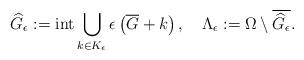
LaTeX: \begin{align*}\widehat{G}_{\epsilon}:= \mathrm{int} \bigcup_{k \in K_{\epsilon}} \epsilon \left( \overline{G} + k\right), \quad\Lambda_{\epsilon}:= \Omega \setminus \overline{\widehat{G}_{\epsilon}}.\end{align*}